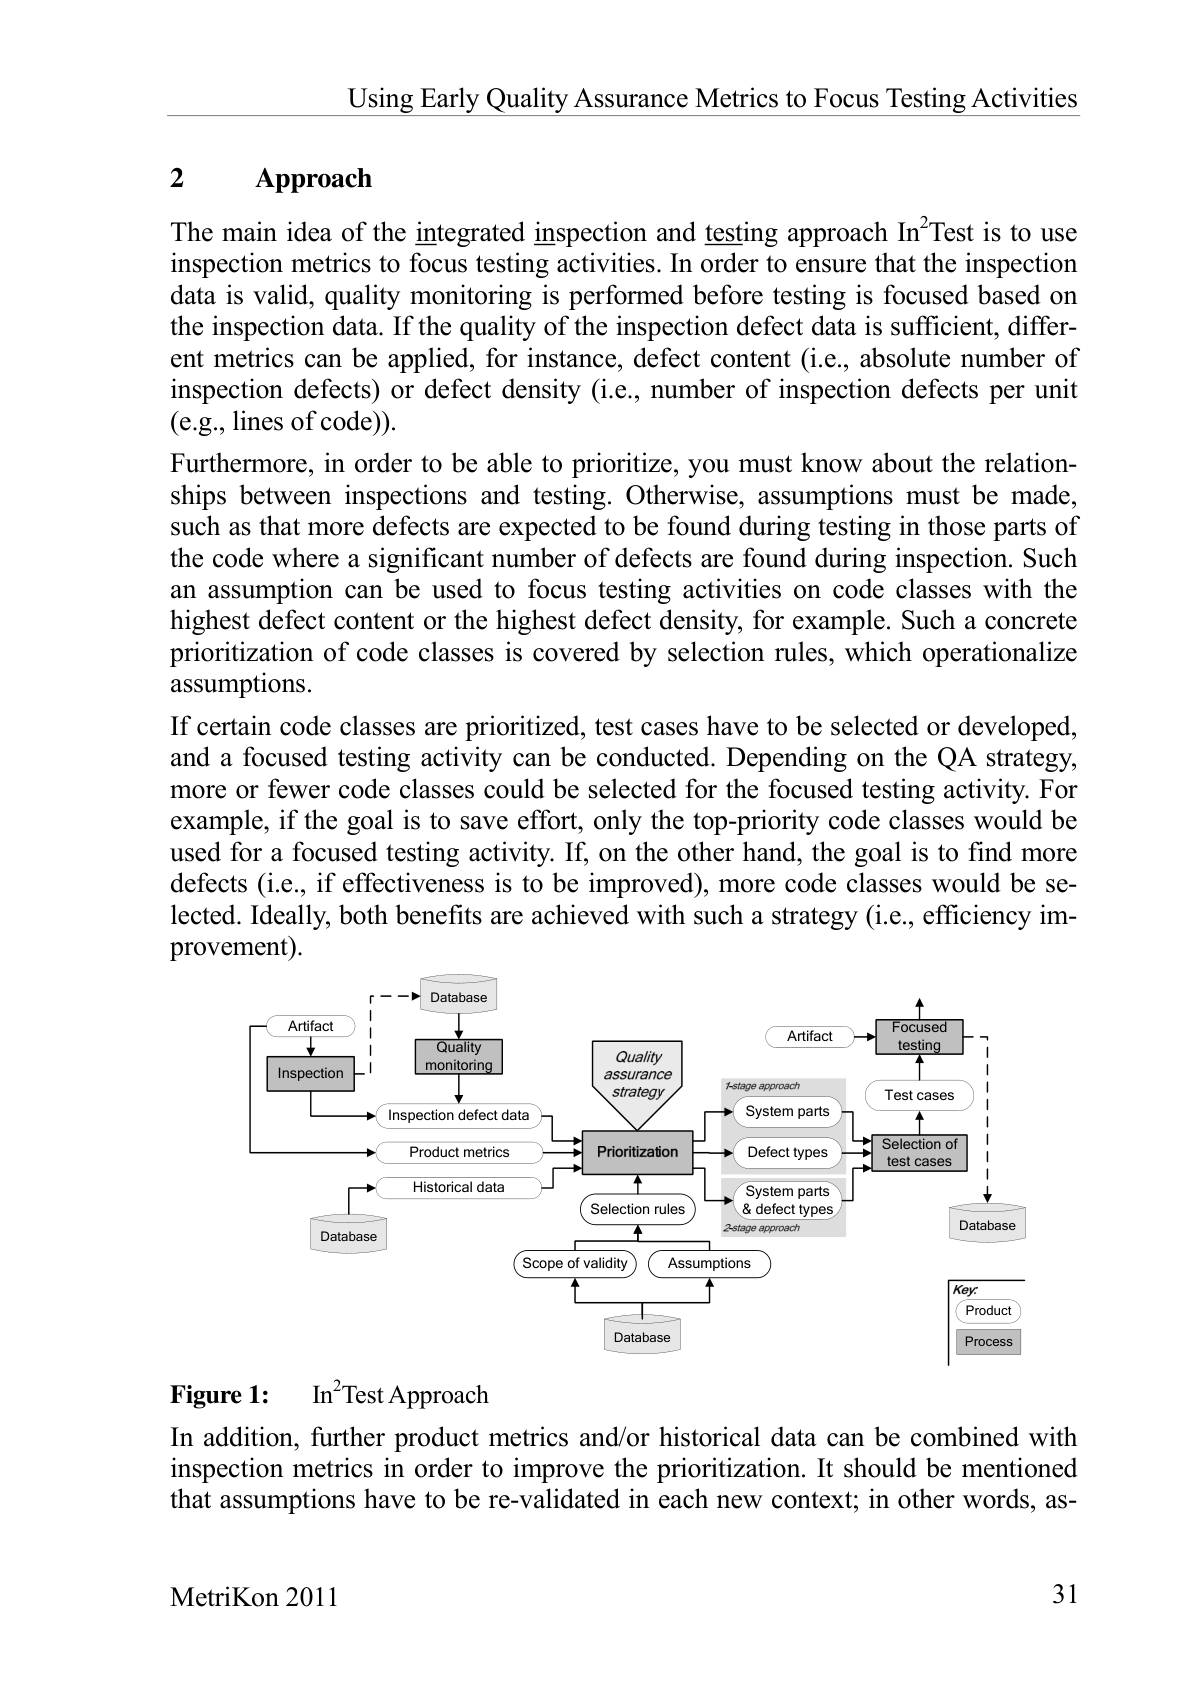
Using Early Quality Assurance Metrics to Focus Testing Activities

## 2 Approach

The main idea of the integrated inspection and testing approach In$^{2}$Test is to use inspection metrics to focus testing activities. In order to ensure that the inspection data is valid, quality monitoring is performed before testing is focused based on the inspection data. If the quality of the inspection defect data is sufficient, different metrics can be applied, for instance, defect content (i.e., absolute number of inspection defects) or defect density (i.e., number of inspection defects per unit (e.g., lines of code)).
Furthermore, in order to be able to prioritize, you must know about the relationships between inspections and testing. Otherwise, assumptions must be made, such as that more defects are expected to be found during testing in those parts of the code where a significant number of defects are found during inspection. Such an assumption can be used to focus testing activities on code classes with the highest defect content or the highest defect density, for example. Such a concrete prioritization of code classes is covered by selection rules, which operationalize assumptions.
If certain code classes are prioritized, test cases have to be selected or developed, and a focused testing activity can be conducted. Depending on the QA strategy, more or fewer code classes could be selected for the focused testing activity. For example, if the goal is to save effort, only the top-priority code classes would be used for a focused testing activity. If, on the other hand, the goal is to find more defects (i.e., if effectiveness is to be improved), more code classes would be selected. Ideally, both benefits are achieved with such a strategy (i.e., efficiency improvement).

<FigureHere>

Figure 1: I$n^{2}$Test Approach

In addition, further product metrics and/or historical data can be combined with inspection metrics in order to improve the prioritization. It should be mentioned that assumptions have to be re-validated in each new context; in other words, as-

31

MetriKon 2011